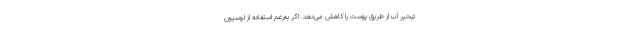
تبخیر آب از طریق پوست را کاهش می‌دهد. اگر به‌رغم استفاده از لوسیون